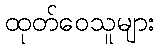
ထုတ်ဝေသူများ